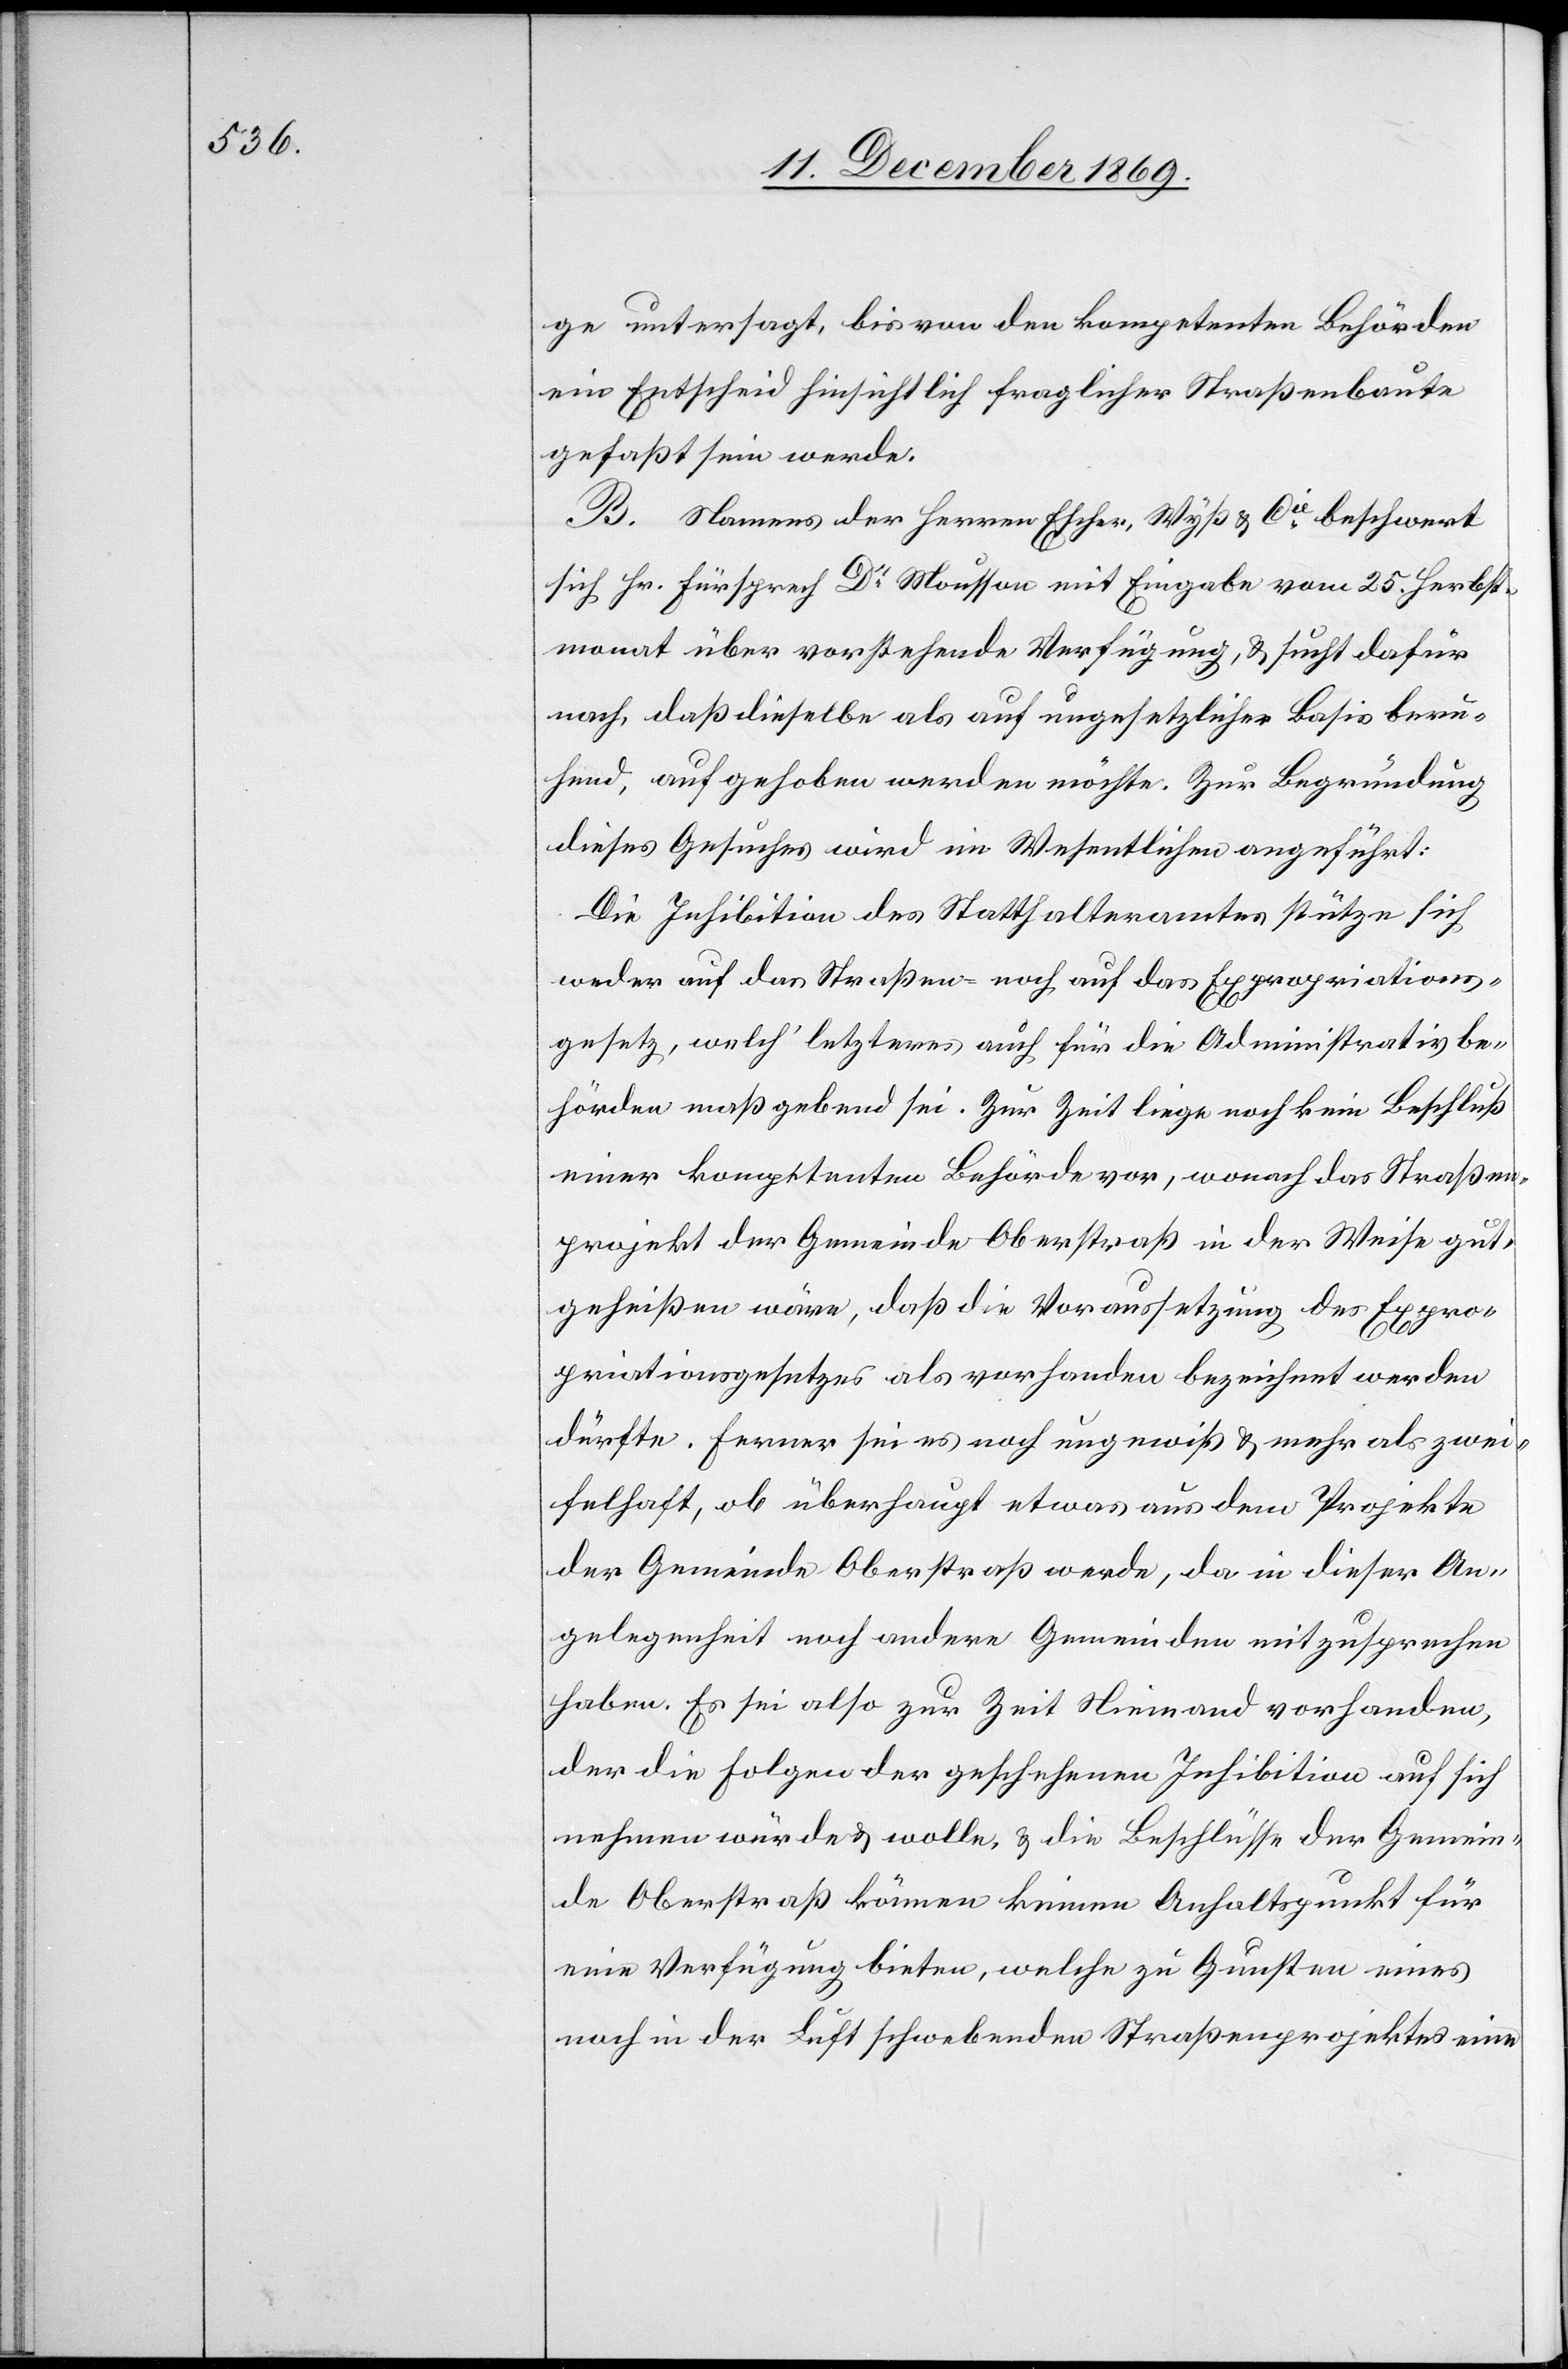
ge untersagt, bis von den kompetenten Behörden
ein Entscheid hinsichtlich fraglicher Straßenbaute
gefaßt sein werde.
B. Namens der Herren Escher, Wyß & Cie beschwert
sich Hr. Fürsprech Dr Mousson mit Eingabe vom 25. Herbst¬
monat über vorstehende Verfügung, & sucht dafür
nach, daß dieselbe als auf ungesetzlicher Basis beru¬
hend, aufgehoben werden möchte. Zur Begründung
dieses Gesuches wird im Wesentlichen angeführt:
Die Inhibition des Statthalteramtes stütze sich
weder auf das Straßen- noch auf das Expropriations¬
gesetz, welch‘ letzteres auch für die Administrativbe¬
hörden maßgebend sei. Zur Zeit liege noch kein Beschluß
einer kompetenten Behörde vor, wonach das Straßen¬
projekt der Gemeinde Oberstraß in der Weise gut¬
geheißen wäre, daß die Voraussetzung des Expro¬
priationsgesetzes als vorhanden bezeichnet werden
dürfte. Ferner sei es noch ungewiß & mehr als zwei¬
felhaft, ob überhaupt etwas aus dem Projekte
der Gemeinde Oberstraß werde, da in dieser An¬
gelegenheit noch andere Gemeinden mitzusprechen
haben. Es sei also zur Zeit Niemand vorhanden,
der die Folgen der geschehenen Inhibition auf sich
nehmen würde & wolle, & die Beschlüsse der Gemein¬
de Oberstraß können keinen Anhaltspunkt für
eine Verfügung bieten, welche zu Gunsten eines
noch in der Luft schwebenden Straßenprojektes eine